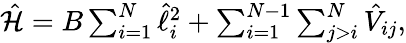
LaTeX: \begin{array}{r}{\hat{\mathcal{H}}=B\sum_{i=1}^{N}\hat{\ell}_{i}^{2}+\sum_{i=1}^{N-1}\sum_{j>i}^{N}\hat{V}_{ij},}\end{array}